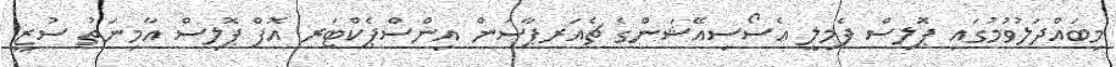
މިބައްދަލުވުމުގައި ޕޮލިސް ފެމިލީ އެސޯސިއޭޝަންގެ ޗެއަރޕާސަން އިންސްޕެކްޓަރ އޮފް ޕޮލިސް އާމިނަތު ސުޒީ